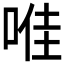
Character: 𱓊